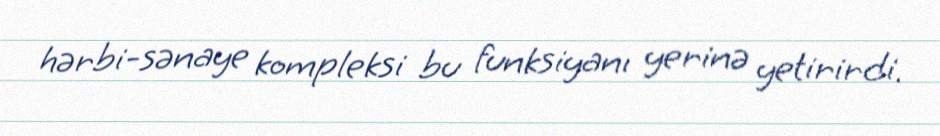
hərbi-sənaye kompleksi bu funksiyanı yerinə yetirirdi.